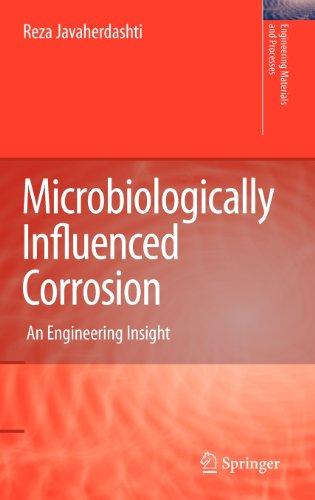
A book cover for Microbiologically Influenced Corrosion: An Engineering Insight (Engineering Materials and Processes); Reza Javaherdashti; Science & Math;